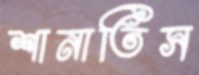
শানাতিস